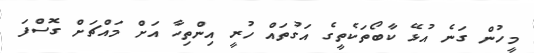
މީހުން ގަނެ އުޅޭ ކާބޯތަކެތީގެ އަގުތައް ހުރީ އިންތިހާ އަށް މައްޗަށް ގޮސްފަ